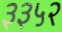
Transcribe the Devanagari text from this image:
३३५२